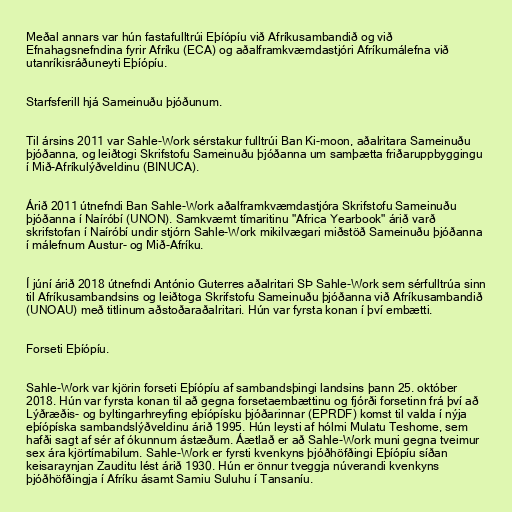
Meðal annars var hún fastafulltrúi Eþíópíu við Afríkusambandið og við
Efnahagsnefndina fyrir Afríku (ECA) og aðalframkvæmdastjóri Afríkumálefna við
utanríkisráðuneyti Eþíópíu.

Starfsferill hjá Sameinuðu þjóðunum.

Til ársins 2011 var Sahle-Work sérstakur fulltrúi Ban Ki-moon, aðalritara Sameinuðu
þjóðanna, og leiðtogi Skrifstofu Sameinuðu þjóðanna um samþætta friðaruppbyggingu
í Mið-Afríkulýðveldinu (BINUCA).

Árið 2011 útnefndi Ban Sahle-Work aðalframkvæmdastjóra Skrifstofu Sameinuðu
þjóðanna í Naíróbí (UNON). Samkvæmt tímaritinu "Africa Yearbook" árið varð
skrifstofan í Naíróbí undir stjórn Sahle-Work mikilvægari miðstöð Sameinuðu þjóðanna
í málefnum Austur- og Mið-Afríku.

Í júní árið 2018 útnefndi António Guterres aðalritari SÞ Sahle-Work sem sérfulltrúa sinn
til Afríkusambandsins og leiðtoga Skrifstofu Sameinuðu þjóðanna við Afríkusambandið
(UNOAU) með titlinum aðstoðaraðalritari. Hún var fyrsta konan í því embætti.

Forseti Eþíópíu.

Sahle-Work var kjörin forseti Eþíópíu af sambandsþingi landsins þann 25. október
2018. Hún var fyrsta konan til að gegna forsetaembættinu og fjórði forsetinn frá því að
Lýðræðis- og byltingarhreyfing eþíópísku þjóðarinnar (EPRDF) komst til valda í nýja
eþíópíska sambandslýðveldinu árið 1995. Hún leysti af hólmi Mulatu Teshome, sem
hafði sagt af sér af ókunnum ástæðum. Áætlað er að Sahle-Work muni gegna tveimur
sex ára kjörtímabilum. Sahle-Work er fyrsti kvenkyns þjóðhöfðingi Eþíópíu síðan
keisaraynjan Zauditu lést árið 1930. Hún er önnur tveggja núverandi kvenkyns
þjóðhöfðingja í Afríku ásamt Samiu Suluhu í Tansaníu.